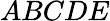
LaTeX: ABCDE